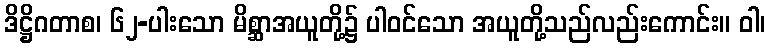
ဒိဋ္ဌိဂတာစ၊ ၆၂-ပါးသော မိစ္ဆာအယူတို့၌ ပါဝင်သော အယူတို့သည်လည်းကောင်း။ ဝါ၊